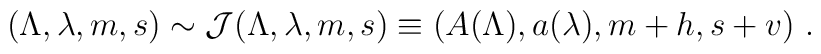
(\Lambda,\lambda,m,s)\sim {\cal J}(\Lambda,\lambda,m,s)\equiv(A(\Lambda),a(\lambda),m+h,s+v)~.